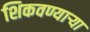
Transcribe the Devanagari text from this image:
शिकवण्यार्‍या